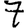
Digit: 7